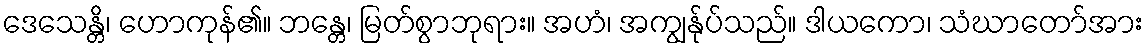
ဒေသေန္တိ၊ ဟောကုန်၏။ ဘန္တေ၊ မြတ်စွာဘုရား။ အဟံ၊ အကျွန်ုပ်သည်။ ဒါယကော၊ သံဃာတော်အား